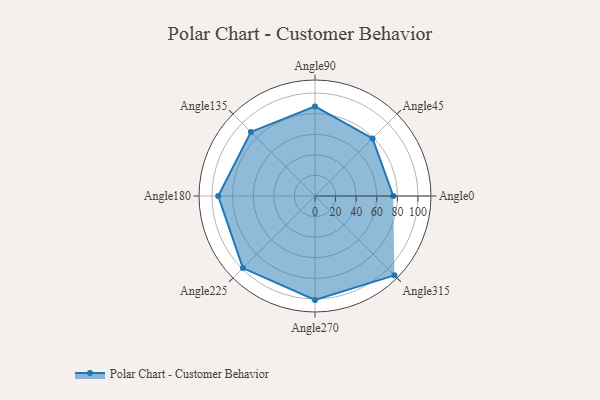
{"axis": {"x": "Angle", "y": "Radius"}, "legend": [""], "data": [{"x": "Angle0", "y": 76.0, "type": ""}, {"x": "Angle45", "y": 79.0, "type": ""}, {"x": "Angle90", "y": 87.0, "type": ""}, {"x": "Angle135", "y": 88.0, "type": ""}, {"x": "Angle180", "y": 94.0, "type": ""}, {"x": "Angle225", "y": 99.0, "type": ""}, {"x": "Angle270", "y": 101.0, "type": ""}, {"x": "Angle315", "y": 109.0, "type": ""}]}